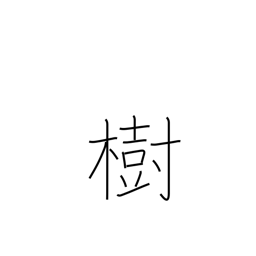
Meaning: establish